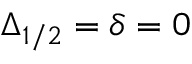
\Delta _ { 1 / 2 } = \delta = 0